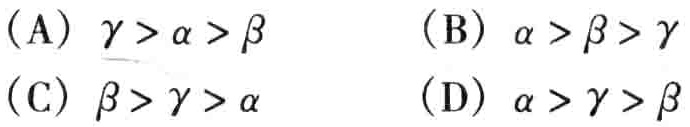
(A) $\gamma > \alpha > \beta$  (B) $\alpha > \beta > \gamma$
(C) $\beta > \gamma > \alpha$  (D) $\alpha > \gamma > \beta$